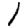
Digit: 1